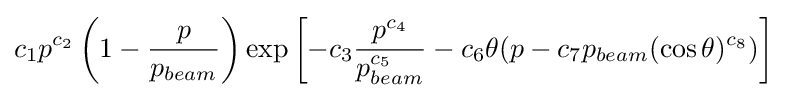
c_{1}p^{c_{2}}\left(1-{\frac {p}{p_{beam}}}\right)\exp \left[-c_{3}{\frac {p^{c_{4}}}{p_{beam}^{c_{5}}}}-c_{6}\theta (p-c_{7}p_{beam}(\cos \theta )^{c_{8}})\right]